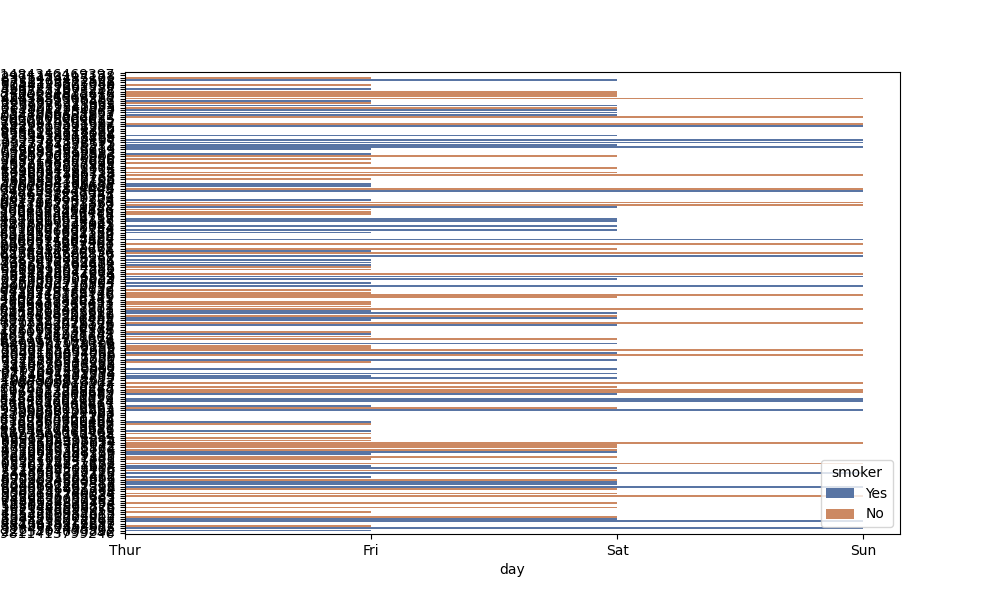
python, seaborn, barplot, hue='smoker', palette='deep', ci=95, orient='h'